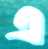
এ